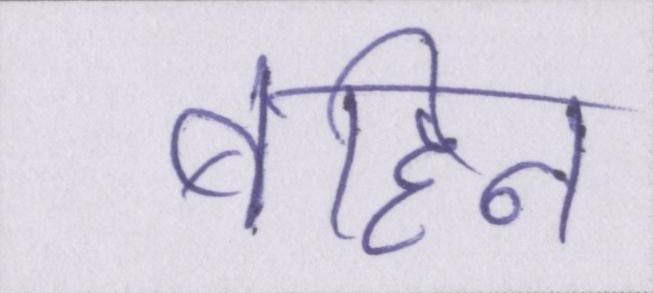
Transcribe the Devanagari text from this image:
बहिन